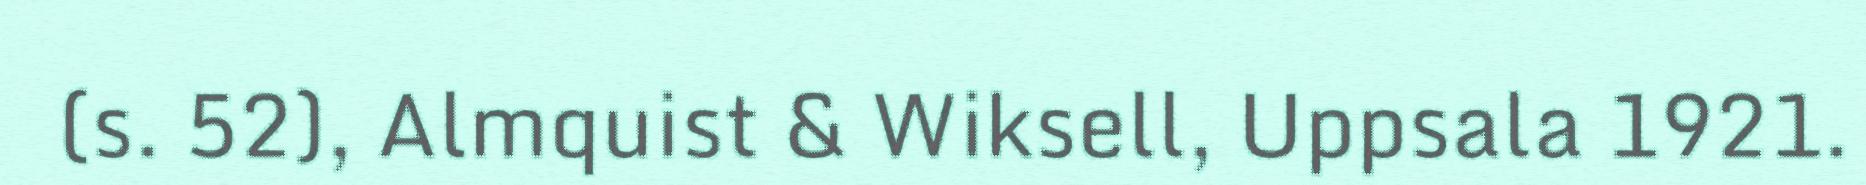
(s. 52), Almquist & Wiksell, Uppsala 1921.